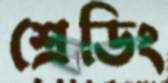
শ্রেডিং